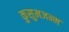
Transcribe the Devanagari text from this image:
कुसुमजन्म